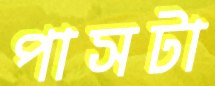
পাসটা